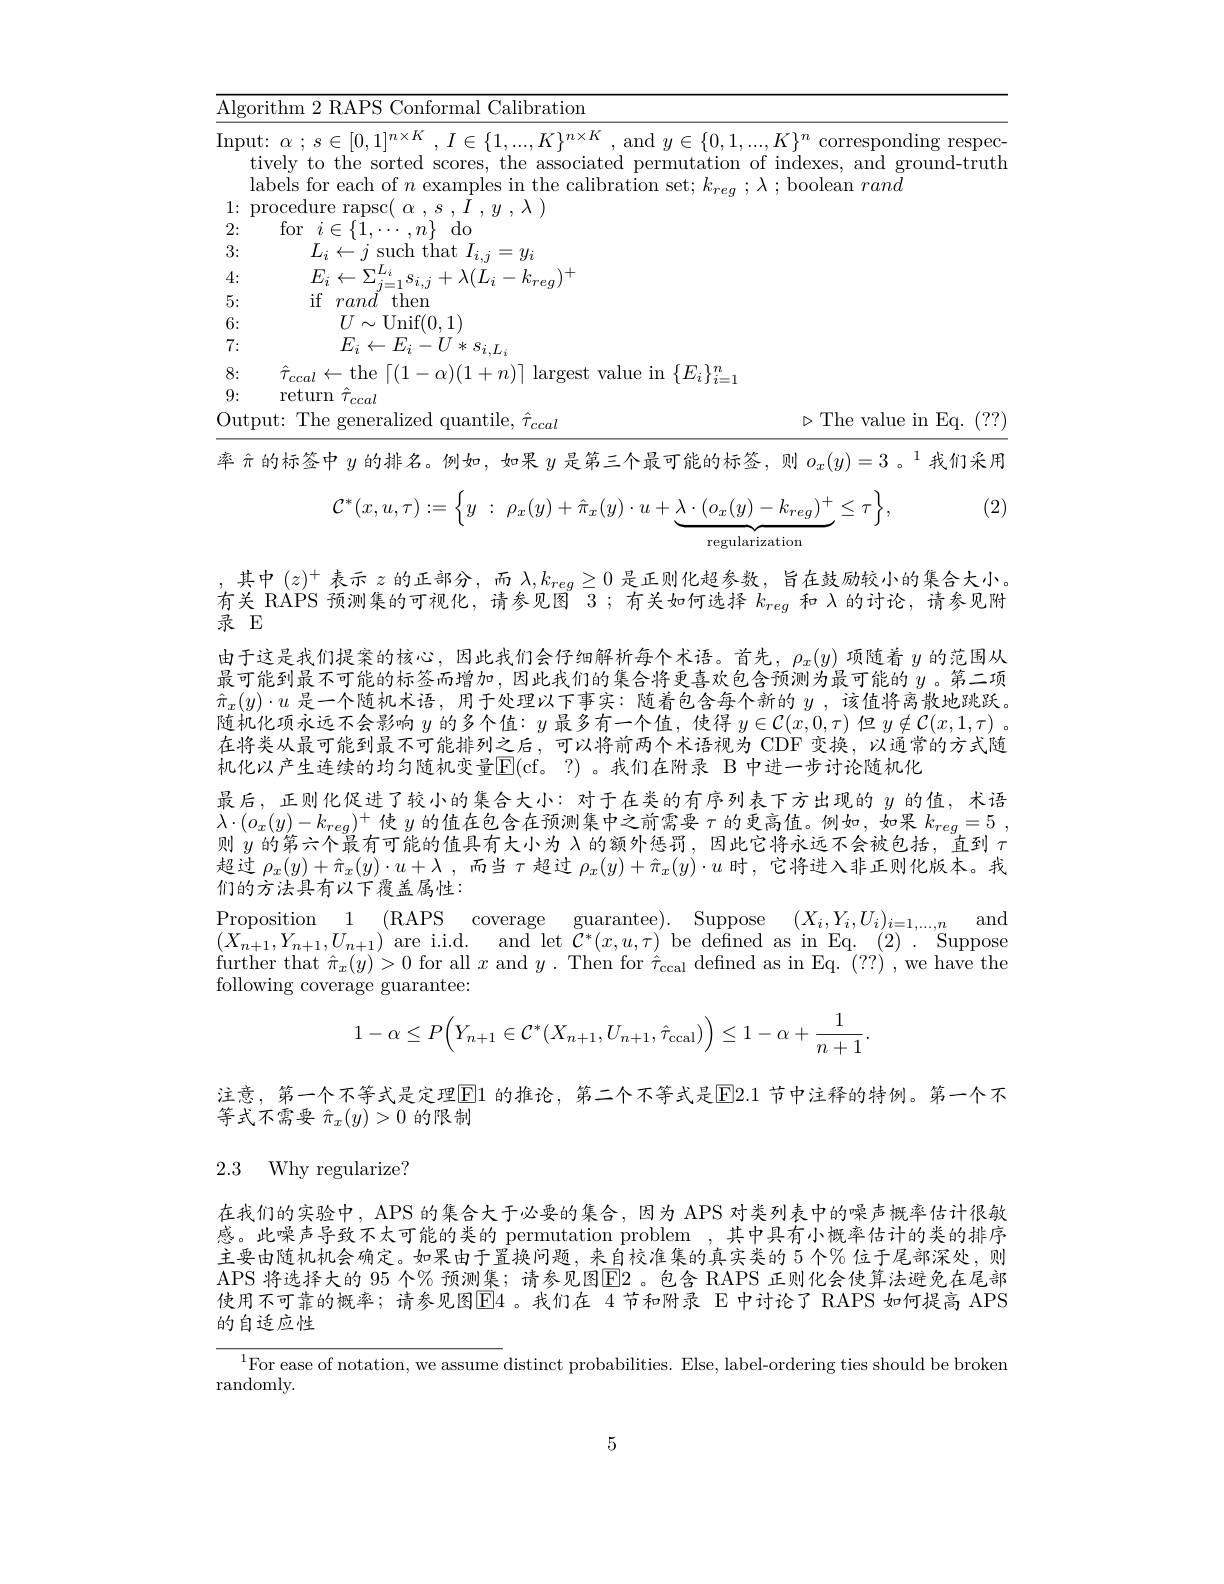
$\underline{{\text{Algorithm 2 RAPS Conformal Calibration}}}$

$\triangleright$The value in Eq. (??)

(2)
$$\mathcal{C}^*(x,u,\tau):=\Big\{y\::\:\rho_x(y)+\hat{\pi}_x(y)\cdot u+\underbrace{\lambda\cdot(o_x(y)-k_{reg})^+}_{\text{regularization}}\leq\tau\Big\},$$
$\overline{\mathrm{Input:~}\alpha\:;\:s\in[0,1]^{n\times K}\:,\:I\in\{1,\ldots,K\}^{n\times K}\:,\:\mathrm{and~}y\in\{0,1,\ldots,K\}^{n}\:\mathrm{corresponding~respec-}}$
tively to the sorted scores, the associated permutation of indexes, and ground-truth
labels for each of $n$ examples in the calibration set; $k_{reg};\lambda;$boolean rand
$1{:}{\mathrm{~procedure~rapsc}}(\begin{array}{c}{\alpha}&{,s}&{I}&{,y}&{,\lambda}\end{array})$
2:
for$\begin{array}{c}{i\in\{\bar{1},\cdots,n\}}&{\mathrm{do}}\\{{r}}\end{array}$
3:
$L_{i}\leftarrow j\mathop{\mathrm{such~that~}}I_{i,j}=y_{i}$
4:
$\begin{array}{l}{E_{i}\leftarrow\Sigma_{j=1}^{L_{i}}s_{i,j}+\lambda(L_{i}-k_{reg})^{+}}\\{\mathrm{if}}&{rand\mathrm{~then}}\end{array}$
5: 6:
$\underset{\Gamma}{\operatorname*{U\sim\operatorname*{Unif}}}(0,1)$
7:
$E_{i}\leftarrow E_{i}-U*s_{i,L_{i}}$
8:
$\hat{\tau}_{ccal}\leftarrow$the$\left\lceil(1-\alpha)(1+n)\right\rceil$largest value in$\left\{E_{i}\right\}_i=1^{n}$
9:
return $\hat{\tau}_{ccal}$
Output: The generalized quantile, $\hat{\tau}_ccal$
率$\hat{\pi}$的标签中$y$的排名。例如，如果$y$是第三个最可能的标签，则$o_x(y)=3\text{ 。}^1$我们采用其中$(z)^+$表示$z$的正部分 ,而$\lambda,k_reg\geq0$是正则化超参数 ,旨在鼓励较小的集合大小。有关 RAPS 预测集的可视化，请参见图 3;有关如何选择$k_reg$和 λ的讨论，请参见附录 E
由于这是我们提案的核心，因此我们会仔细解析每个术语。首先，$\rho_x(y)$项随着$y$的范围从最可能到最不可能的标签而增加，因此我们的集合将更喜欢包含预测为最可能的$y$ 。第二项$\hat{\pi}_x(y)\cdot u$是一个随机术语，用于处理以下事实：随着包含每个新的$y$,该值将离散地跳跃。随机化项永远不会影响$y$的多个值：$y$最多有一个值，使得$y\in\mathcal{C}(x,0,\tau)$但$y\notin\mathcal{C}(x,1,\tau)$。在将类从最可能到最不可能排列之后，可以将前两个术语视为 CDF 变换，以通常的方式随机化以产生连续的均匀随机变量$\mathbb{E}($cf。?)。我们在附录 B 中进一步讨论随机化
最后，正则化促进了较小的集合大小：对于在类的有序列表下方出现的$y$的值，术语$\lambda\cdot(o_x(y)-k_{reg})^+$使$y$的值在包含在预测集中之前需要$\tau$的更高值。例如，如果$k_reg= 5$ , 则$y$的第六个最有可能的值具有大小为$\lambda$的额外惩罚，因此它将永远不会被包括，直到$\tau$ 超过$\rho_x(y)+\hat{\pi}_x(y)\cdot u+\lambda$ ,而当$\tau$超过$\rho_x(y)+\hat{\pi}_x(y)\cdot u$时 ,它将进入非正则化版本。我们的方法具有以下覆盖属性：
Proposition 1 (RAPS coverage guarantee). Suppose $( X_i, Y_i, U_i) _{i= 1, \ldots , n}$ and $( X_{n+ 1}, Y_{n+ 1}, U_{n+ 1})$ are i. i. d. and let $\bar{\mathcal{C} } ^{* }( x, u, \tau )$ be defined as in Eq. ( 2) . Suppose $( X_{n+ 1}, Y_{n+ 1}, U_{n+ 1})$ are i. i. d. and let $\bar{\mathcal{C} } ^{* }( x, u, \tau )$ be defined as in Eq. ( 2) . Suppose further that $\hat{\pi}_x(y)>0$ for all $x$ and $y.$ Then for $\hat{\tau}_\mathrm{ccal}$ defned as in Eq. (??),we have the following coverage guarantee:
$$1-\alpha\leq P\Big(Y_{n+1}\in\mathcal{C}^*(X_{n+1},U_{n+1},\hat{\tau}_{\mathrm{ccal}})\Big)\leq1-\alpha+\frac{1}{n+1}.$$
注意，第一个不等式是定理$\boxed{\mathrm{F}}1$ 的推论，第二个不等式是$\boxed{\mathrm{F}}2.1$ 节中注释的特例。第一个不
等式不需要$\hat{\pi}_x(y)>0$的限制

2.3 Why regularize?

在我们的实验中，APS 的集合大于必要的集合，因为 APS 对类列表中的噪声概率估计很敏感。此噪声导致不太可能的类的 permutation problem ,其中具有小概率估计的类的排序主要由随机机会确定。如果由于置换问题，来自校准集的真实类的 5 个% 位于尾部深处，则APS 将选择大的 95 个% 预测集；请参见图$\operatorname{E}$2。包含 RAPS 正则化会使算法避免在尾部使用不可靠的概率；请参见图$\boxed{\mathrm{E}}4$。我们在 4节和附录 E 中讨论了 RAPS 如何提高 APS 的自适应性

$^{1}$For ease of notation, we assume distinct probabilities. Else, label-ordering ties should be broken
randomly.

5